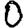
Digit: 0